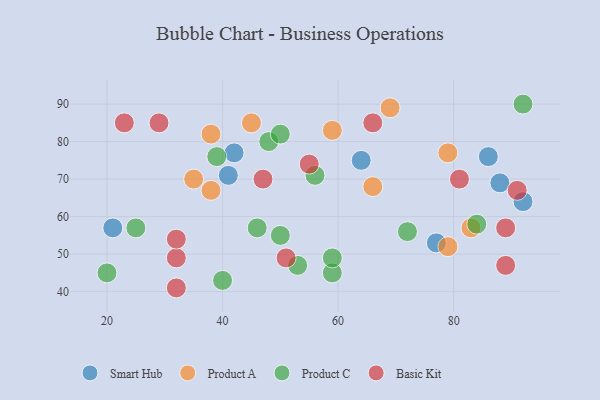
{"axis": {"x": "GDP", "y": "Life Expectancy"}, "legend": ["Basic Kit", "Product A", "Product C", "Smart Hub"], "data": [{"x": "42", "y": 77, "type": "Smart Hub"}, {"x": "41", "y": 71, "type": "Smart Hub"}, {"x": "86", "y": 76, "type": "Smart Hub"}, {"x": "64", "y": 75, "type": "Smart Hub"}, {"x": "77", "y": 53, "type": "Smart Hub"}, {"x": "92", "y": 64, "type": "Smart Hub"}, {"x": "21", "y": 57, "type": "Smart Hub"}, {"x": "88", "y": 69, "type": "Smart Hub"}, {"x": "38", "y": 67, "type": "Product A"}, {"x": "45", "y": 85, "type": "Product A"}, {"x": "59", "y": 83, "type": "Product A"}, {"x": "35", "y": 70, "type": "Product A"}, {"x": "79", "y": 77, "type": "Product A"}, {"x": "79", "y": 52, "type": "Product A"}, {"x": "83", "y": 57, "type": "Product A"}, {"x": "69", "y": 89, "type": "Product A"}, {"x": "38", "y": 82, "type": "Product A"}, {"x": "66", "y": 68, "type": "Product A"}, {"x": "92", "y": 90, "type": "Product C"}, {"x": "20", "y": 45, "type": "Product C"}, {"x": "72", "y": 56, "type": "Product C"}, {"x": "40", "y": 43, "type": "Product C"}, {"x": "39", "y": 76, "type": "Product C"}, {"x": "46", "y": 57, "type": "Product C"}, {"x": "59", "y": 45, "type": "Product C"}, {"x": "48", "y": 80, "type": "Product C"}, {"x": "50", "y": 82, "type": "Product C"}, {"x": "84", "y": 58, "type": "Product C"}, {"x": "53", "y": 47, "type": "Product C"}, {"x": "56", "y": 71, "type": "Product C"}, {"x": "50", "y": 55, "type": "Product C"}, {"x": "59", "y": 49, "type": "Product C"}, {"x": "25", "y": 57, "type": "Product C"}, {"x": "23", "y": 85, "type": "Basic Kit"}, {"x": "51", "y": 49, "type": "Basic Kit"}, {"x": "29", "y": 85, "type": "Basic Kit"}, {"x": "32", "y": 49, "type": "Basic Kit"}, {"x": "89", "y": 47, "type": "Basic Kit"}, {"x": "32", "y": 54, "type": "Basic Kit"}, {"x": "55", "y": 74, "type": "Basic Kit"}, {"x": "81", "y": 70, "type": "Basic Kit"}, {"x": "32", "y": 41, "type": "Basic Kit"}, {"x": "91", "y": 67, "type": "Basic Kit"}, {"x": "47", "y": 70, "type": "Basic Kit"}, {"x": "66", "y": 85, "type": "Basic Kit"}, {"x": "89", "y": 57, "type": "Basic Kit"}]}